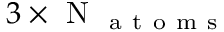
3 \times \mathrm { ~ N ~ } _ { \mathrm { ~ a ~ t ~ o ~ m ~ s ~ } }